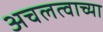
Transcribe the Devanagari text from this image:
अचलत्वाच्या